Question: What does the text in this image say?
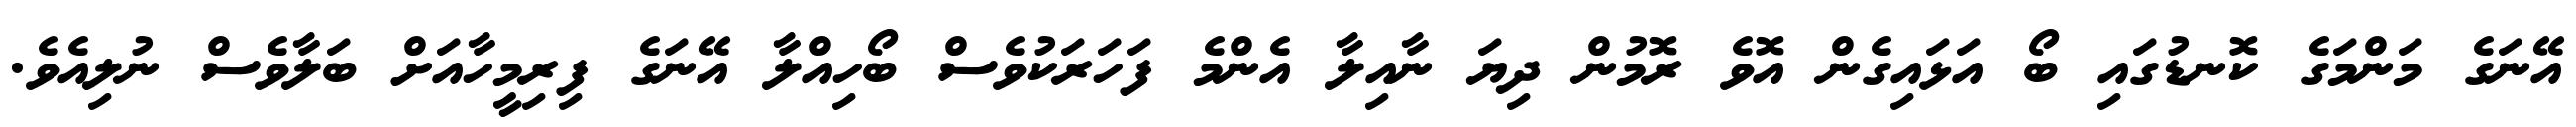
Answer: އޭނަގެ މަންމަގެ ކޮނޑުގައި ބޯ އަޅައިގެން އޮވެ ރޮމުން ދިޔަ ނާއިލާ އެންމެ ފަހަރަކުވެސް ބޯހިއްލާ އޭނަގެ ފިރިމީހާއަށް ބަލާވެސް ނުލިއެވެ.